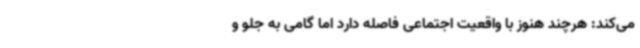
می‌کند: هرچند هنوز با واقعیت اجتماعی فاصله دارد اما گامی به جلو و